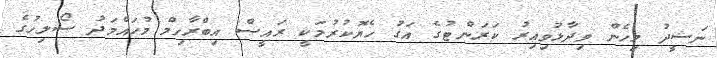
ނަޝީދު މިހެން ވިދާޅުވިއިރު ކަރަންޓުގެ އަގު ހެޔޮކުރުމަކީ ރައީސް އިބްރާހިމް މުހައްމަދު ސޯލިހުގެ